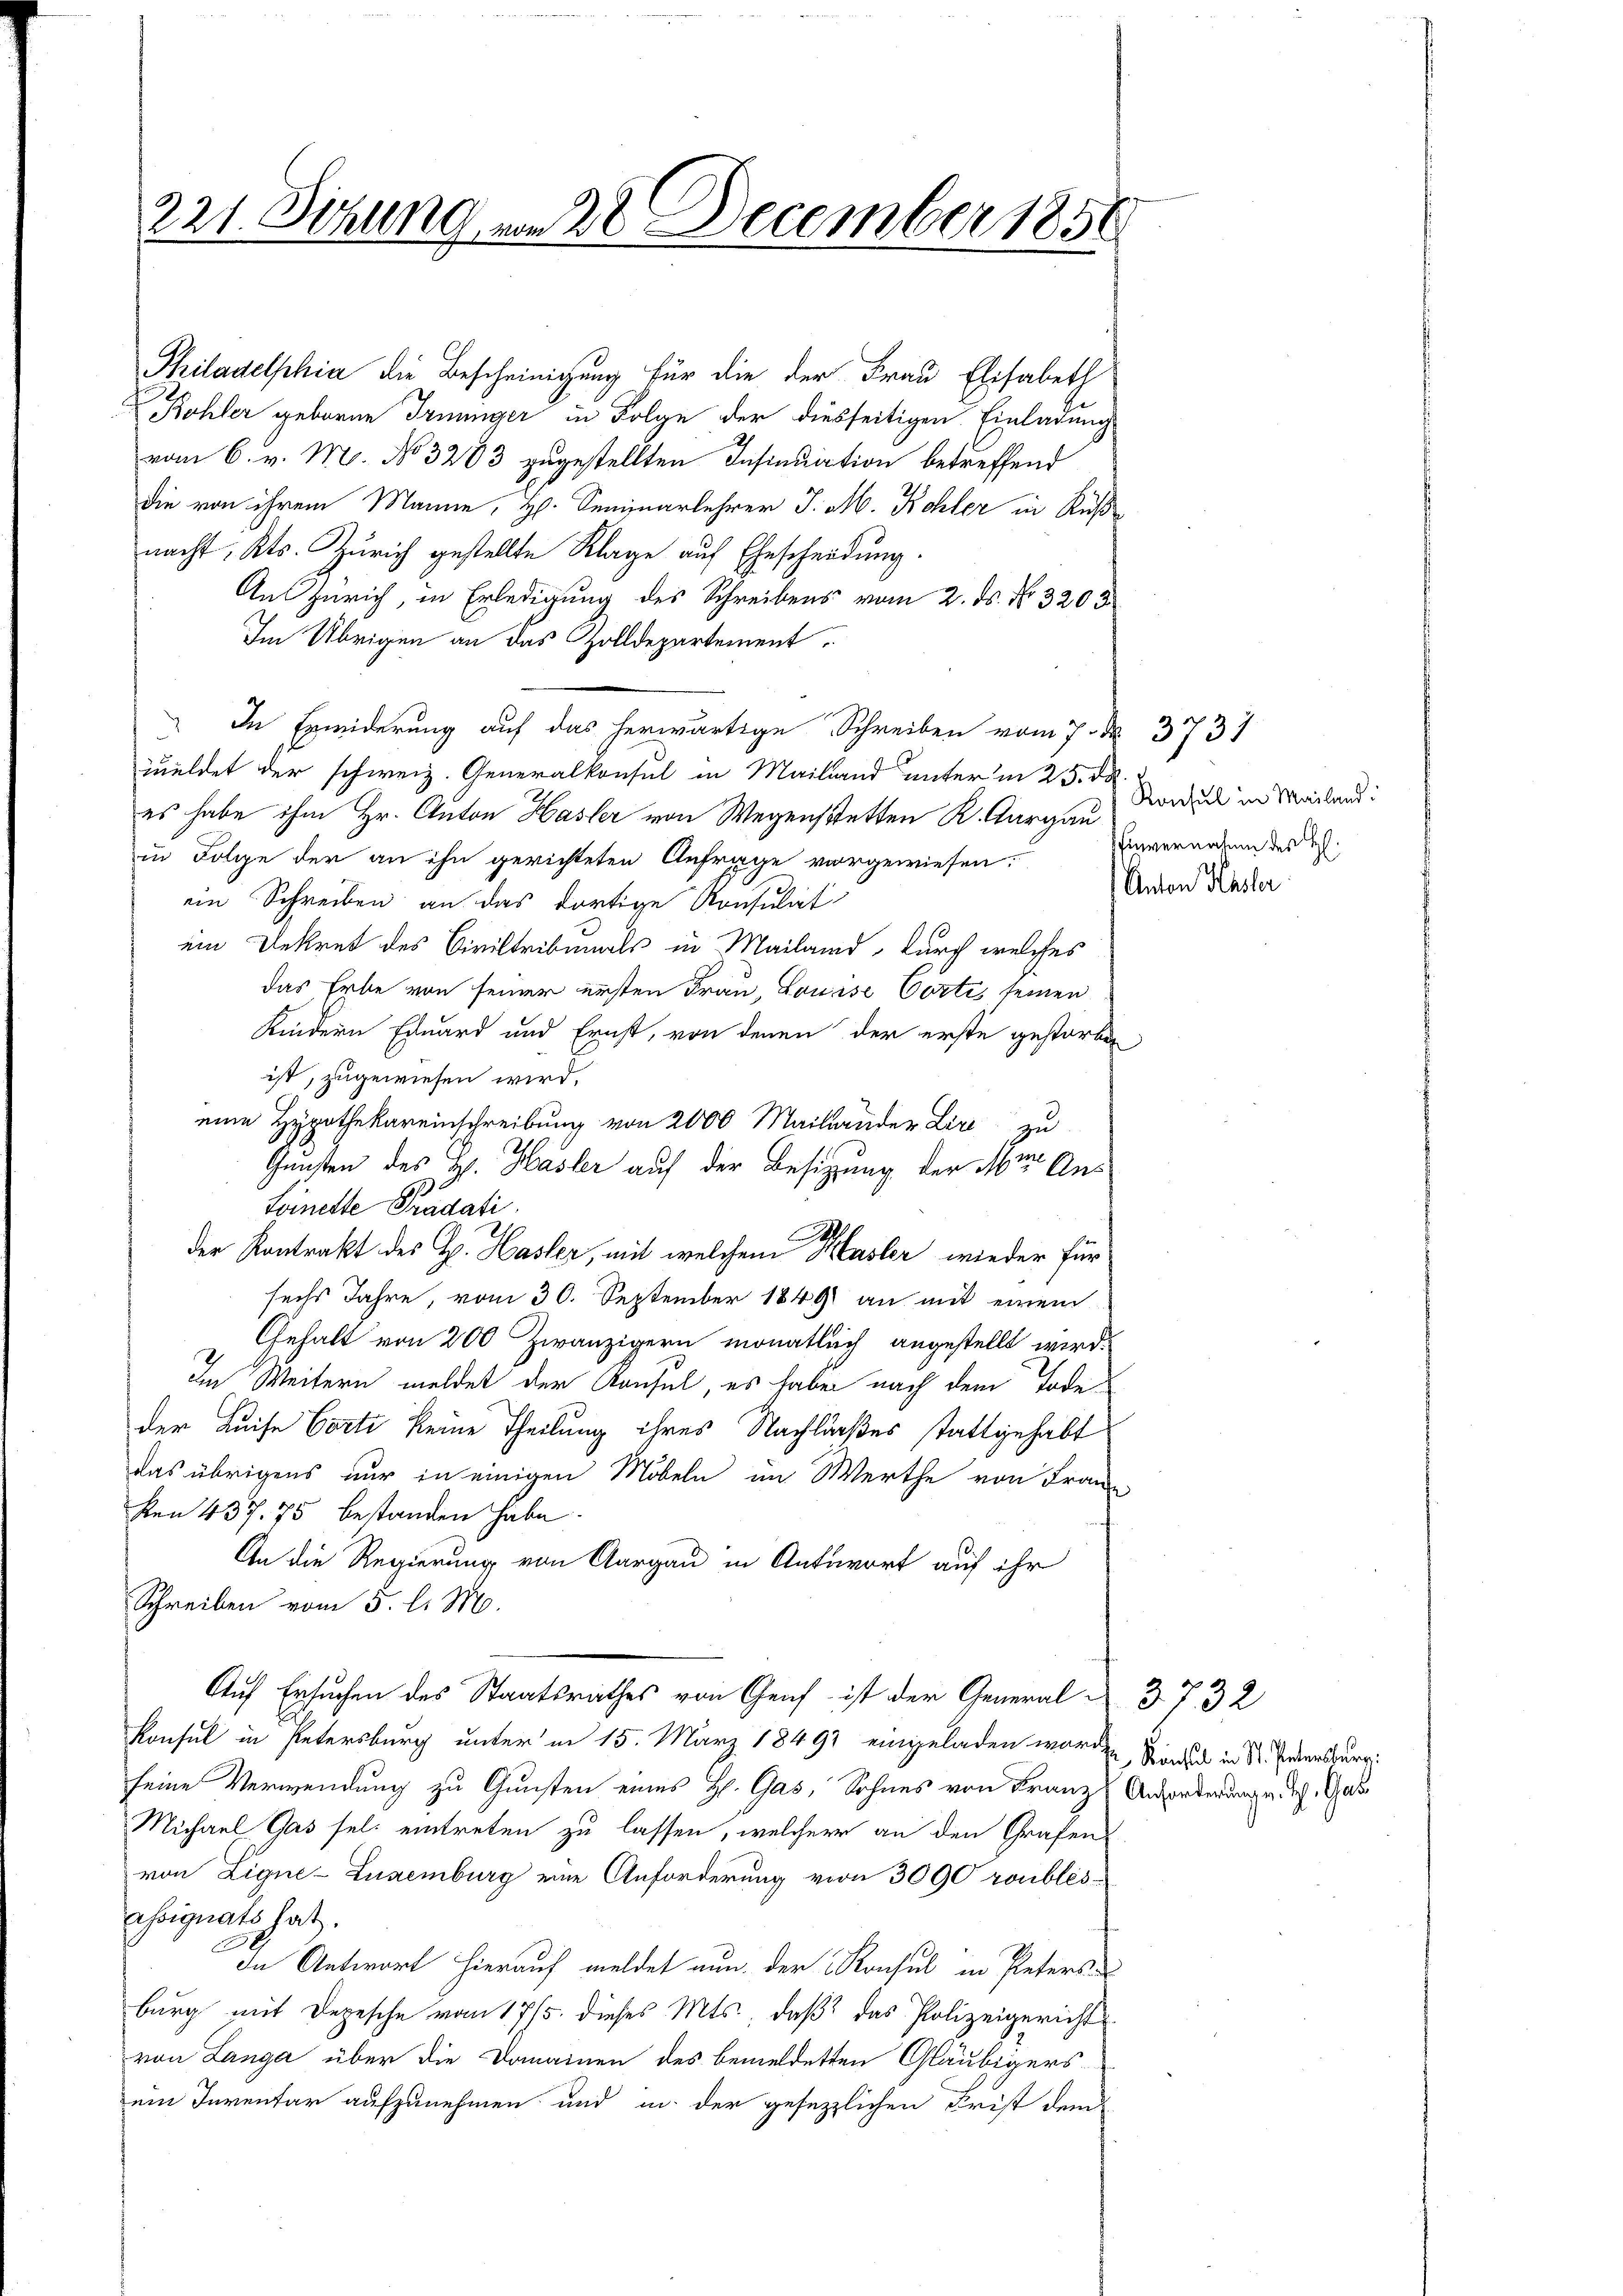
221. Sitzung vom 28 December 1856

Philadelphia die Bescheinigung für die der Frau Elisabeth
Köhler geboren Irnunger in Folge der diesseitigen Einladung
vom 6. v. M. No. 3283 zugestellten Insinuation betreffend
die von ihrem Manne, H. Seminarlehrer J. M. Kohler in Ruß-
nacht, Kts. Zürich gestellte Klage auf Ehescheidung.
Aus Zürich, in Erledigung des Schreibens vom 2. ds. No. 3205
Im Übrigen an das zolldepartement
" In Erwiderung auf das herwärtige Schreiben vom 7. 3731
zueldet der schweiz. Generalkonsul in Mailand unter in 25. d
es habe ihm Hr. Anton Hasler von Wegenstetten K. Aargau
in Folge der an ihn gerichteten Anfrage vorgewiesen.
ein Schreiben an das dortige Konsulat
ein Dekret des Civiltribunals in Mailand, durch welches
das Erbe von seiner ersten Frau, Louise Cortes seinen
Kindern Eduard und Ernst, von denen der erste gestorben
ist, zugewiesen wird.
eine Hypothekareinschreibung von 2000 Mailander Lire zu
Gunten des H. Hasler auf der Besitzung der Aber Aus
Foinette Pradati
.
der Kontrakt des H. Hasler, mit welchem Masler wieder für
sechs Jahre, vom 30. September 1849 an mit einem
Gehalt von 200 Zwanzigern monatlich angestellt wird.
Im Weitern meldet der Konsul, es habe nach dem Todeder Kaise Corti keine Theilung ihres Nachlasses stattgehabt
das übrigens nur in einigen Möbeln im Werthe von Franz
ken 437. 75 bestanden habe.
An die Regierung von Aargau in Antwort auf ihr
Schreiben vom 5. l. M.
Auf Ersuchen des Staatsrathes von Genf ist der General 37. 32
Konsul in Petersburg unter in 15. März 1849 eingeladen worde
seine Verwendung zu Gunsten eines H. Gas, Sohnes von Franz Anforderung u. des Gas
Michael Gas sel. eintreten zu lassen, welcher an den Grafen
von Ligne-Luxenburg eine Anforderung von 3000 roublés¬
Signats hat.
In Antwort hierauf meldet nun der Konsul in Peters-
burg mit Depesche vom 17/5. dieses Mts., daß das Polizeigericht
von Langa über die Domainen des bemeldetten Gläubigers
ein Inventar aufzunehmen und in der gesetzlichen Frist dem

Konsul in Mailand.
hinvernahme des H:
Anton Phsler

Rinsich in St. Petersburg.